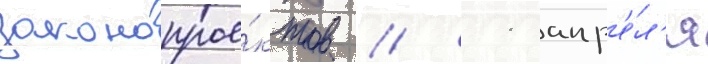
законопрое́ктов // 11 апр'е́л'я